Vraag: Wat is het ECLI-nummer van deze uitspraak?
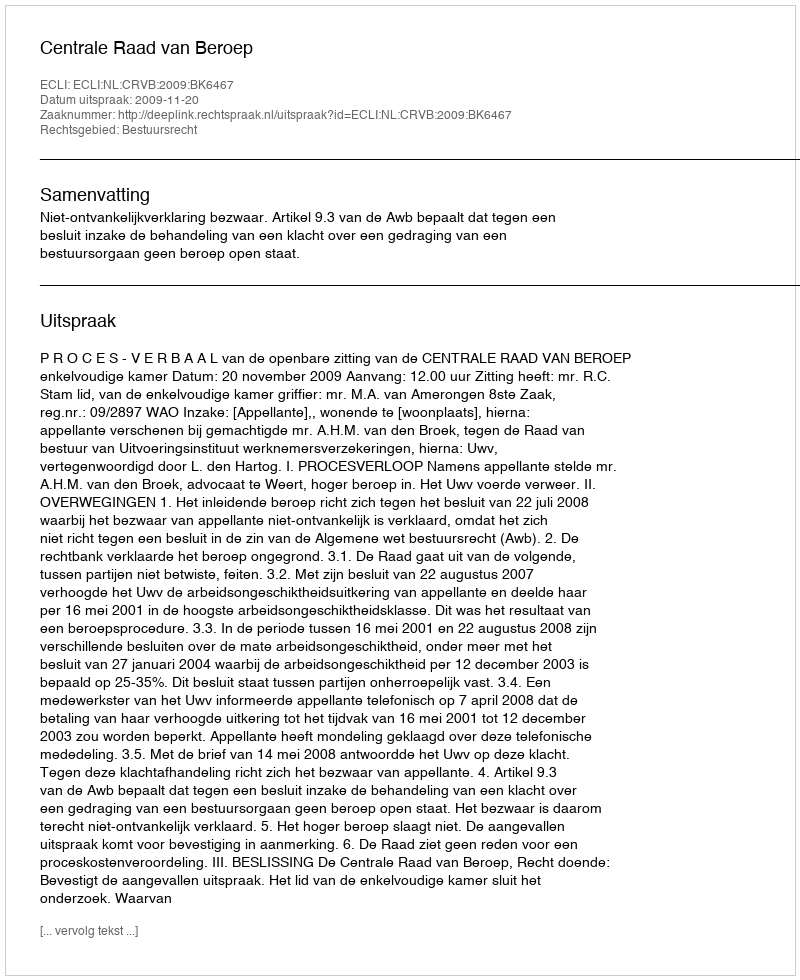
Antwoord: ECLI:NL:CRVB:2009:BK6467